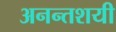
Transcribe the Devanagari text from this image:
अनन्तशयी